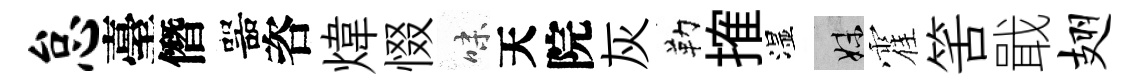
怠臺僭噐咨煒惙味天院灰勒搉湿妹霍筈戢翅